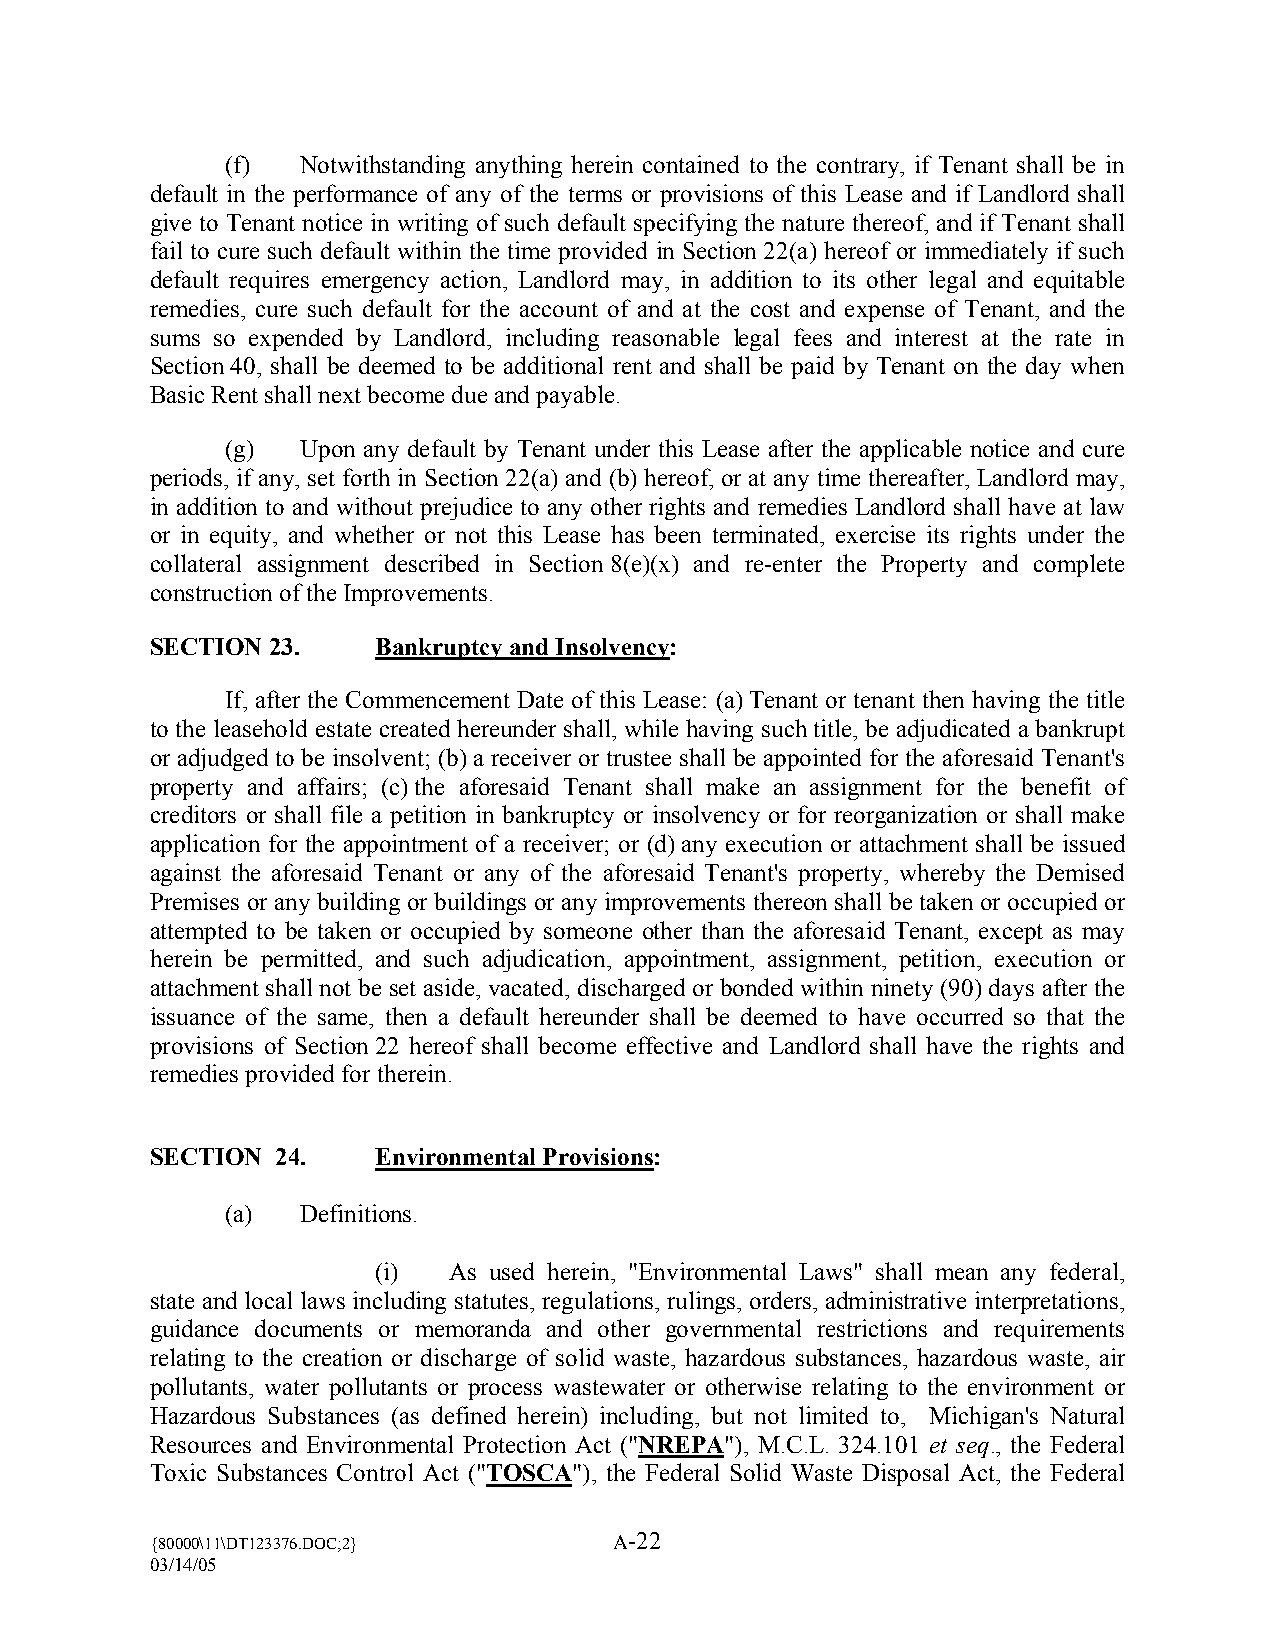
(f)  Notwithstanding anything herein contained to the contrary, if Tenant shall be in
 default in the performance of any of the terms or provisions of this Lease and if Landlord shall
 give to Tenant notice in writing of such default specifying the nature thereof, and if Tenant shall
 fail to cure such default within the time provided in Section 22(a) hereof or immediately if such
 default requires emergency action, Landlord may, in addition to its other legal and equitable
 remedies, cure such default for the account of and at the cost and expense of Tenant, and the
 sums so expended by Landlord, including reasonable legal fees and interest at the rate in
 Section 40, shall be deemed to be additional rent and shall be paid by Tenant on the day when
 Basic Rent shall next become due and payable.
 (g)  Upon any default by Tenant under this Lease after the applicable notice and cure
 periods, if any, set forth in Section 22(a) and (b) hereof, or at any time thereafter, Landlord may,
 in addition to and without prejudice to any other rights and remedies Landlord shall have at law
 or in equity, and whether or not this Lease has been terminated, exercise its rights under the
 collateral assignment described in Section 8(e)(x) and re-enter the Property and complete
 construction of the Improvements.
 SECTION 23.    Bankruptcy and Insolvency:
 If, after the Commencement Date of this Lease: (a) Tenant or tenant then having the title
 to the leasehold estate created hereunder shall, while having such title, be adjudicated a bankrupt
 or adjudged to be insolvent; (b) a receiver or trustee shall be appointed for the aforesaid Tenant’s
 property and affairs; (c) the aforesaid Tenant shall make an assignment for the benefit of
 creditors or shall file a petition in bankruptcy or insolvency or for reorganization or shall make
 application for the appointment of a receiver; or (d) any execution or attachment shall be issued
 against the aforesaid Tenant or any of the aforesaid Tenant’s property, whereby the Demised
 Premises or any building or buildings or any improvements thereon shall be taken or occupied or
 attempted to be taken or occupied by someone other than the aforesaid Tenant, except as may
 herein be permitted, and such adjudication, appointment, assignment, petition, execution or
 attachment shall not be set aside, vacated, discharged or bonded within ninety (90) days after the
 issuance of the same, then a default hereunder shall be deemed to have occurred so that the
 provisions of Section 22 hereof shall become effective and Landlord shall have the rights and
 remedies provided for therein.
 SECTION 24.    Environmental Provisions:
 (a)  Definitions.
 (i)  As used herein, "Environmental Laws" shall mean any federal,
 state and local laws including statutes, regulations, rulings, orders, administrative interpretations,
 guidance documents or memoranda and other governmental restrictions and requirements
 relating to the creation or discharge of solid waste, hazardous substances, hazardous waste, air
 pollutants, water pollutants or process wastewater or otherwise relating to the environment or
 Hazardous Substances (as defined herein) including, but not limited to, Michigan’s Natural
 Resources and Environmental Protection Act ("NREPA"), M.C.L. 324.101 et seq., the Federal
 Toxic Substances Control Act ("TOSCA"), the Federal Solid Waste Disposal Act, the Federal
 {80000\11\DT123376.DOC;2}
 A-22
 03/14/05